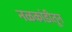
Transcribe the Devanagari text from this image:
नळकांडीतून